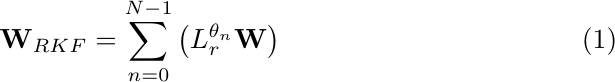
\begin{equation}
    \mathbf{W}_{RKF} =  \sum_{n=0}^{N-1}\left( L_r^{\theta_n}\mathbf{W}\right)
\end{equation}